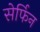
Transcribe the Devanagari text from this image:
सेर्फिन